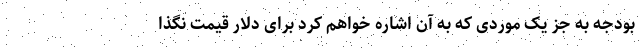
بودجه به جز یک موردی که به آن اشاره خواهم کرد برای دلار قیمت نگذا